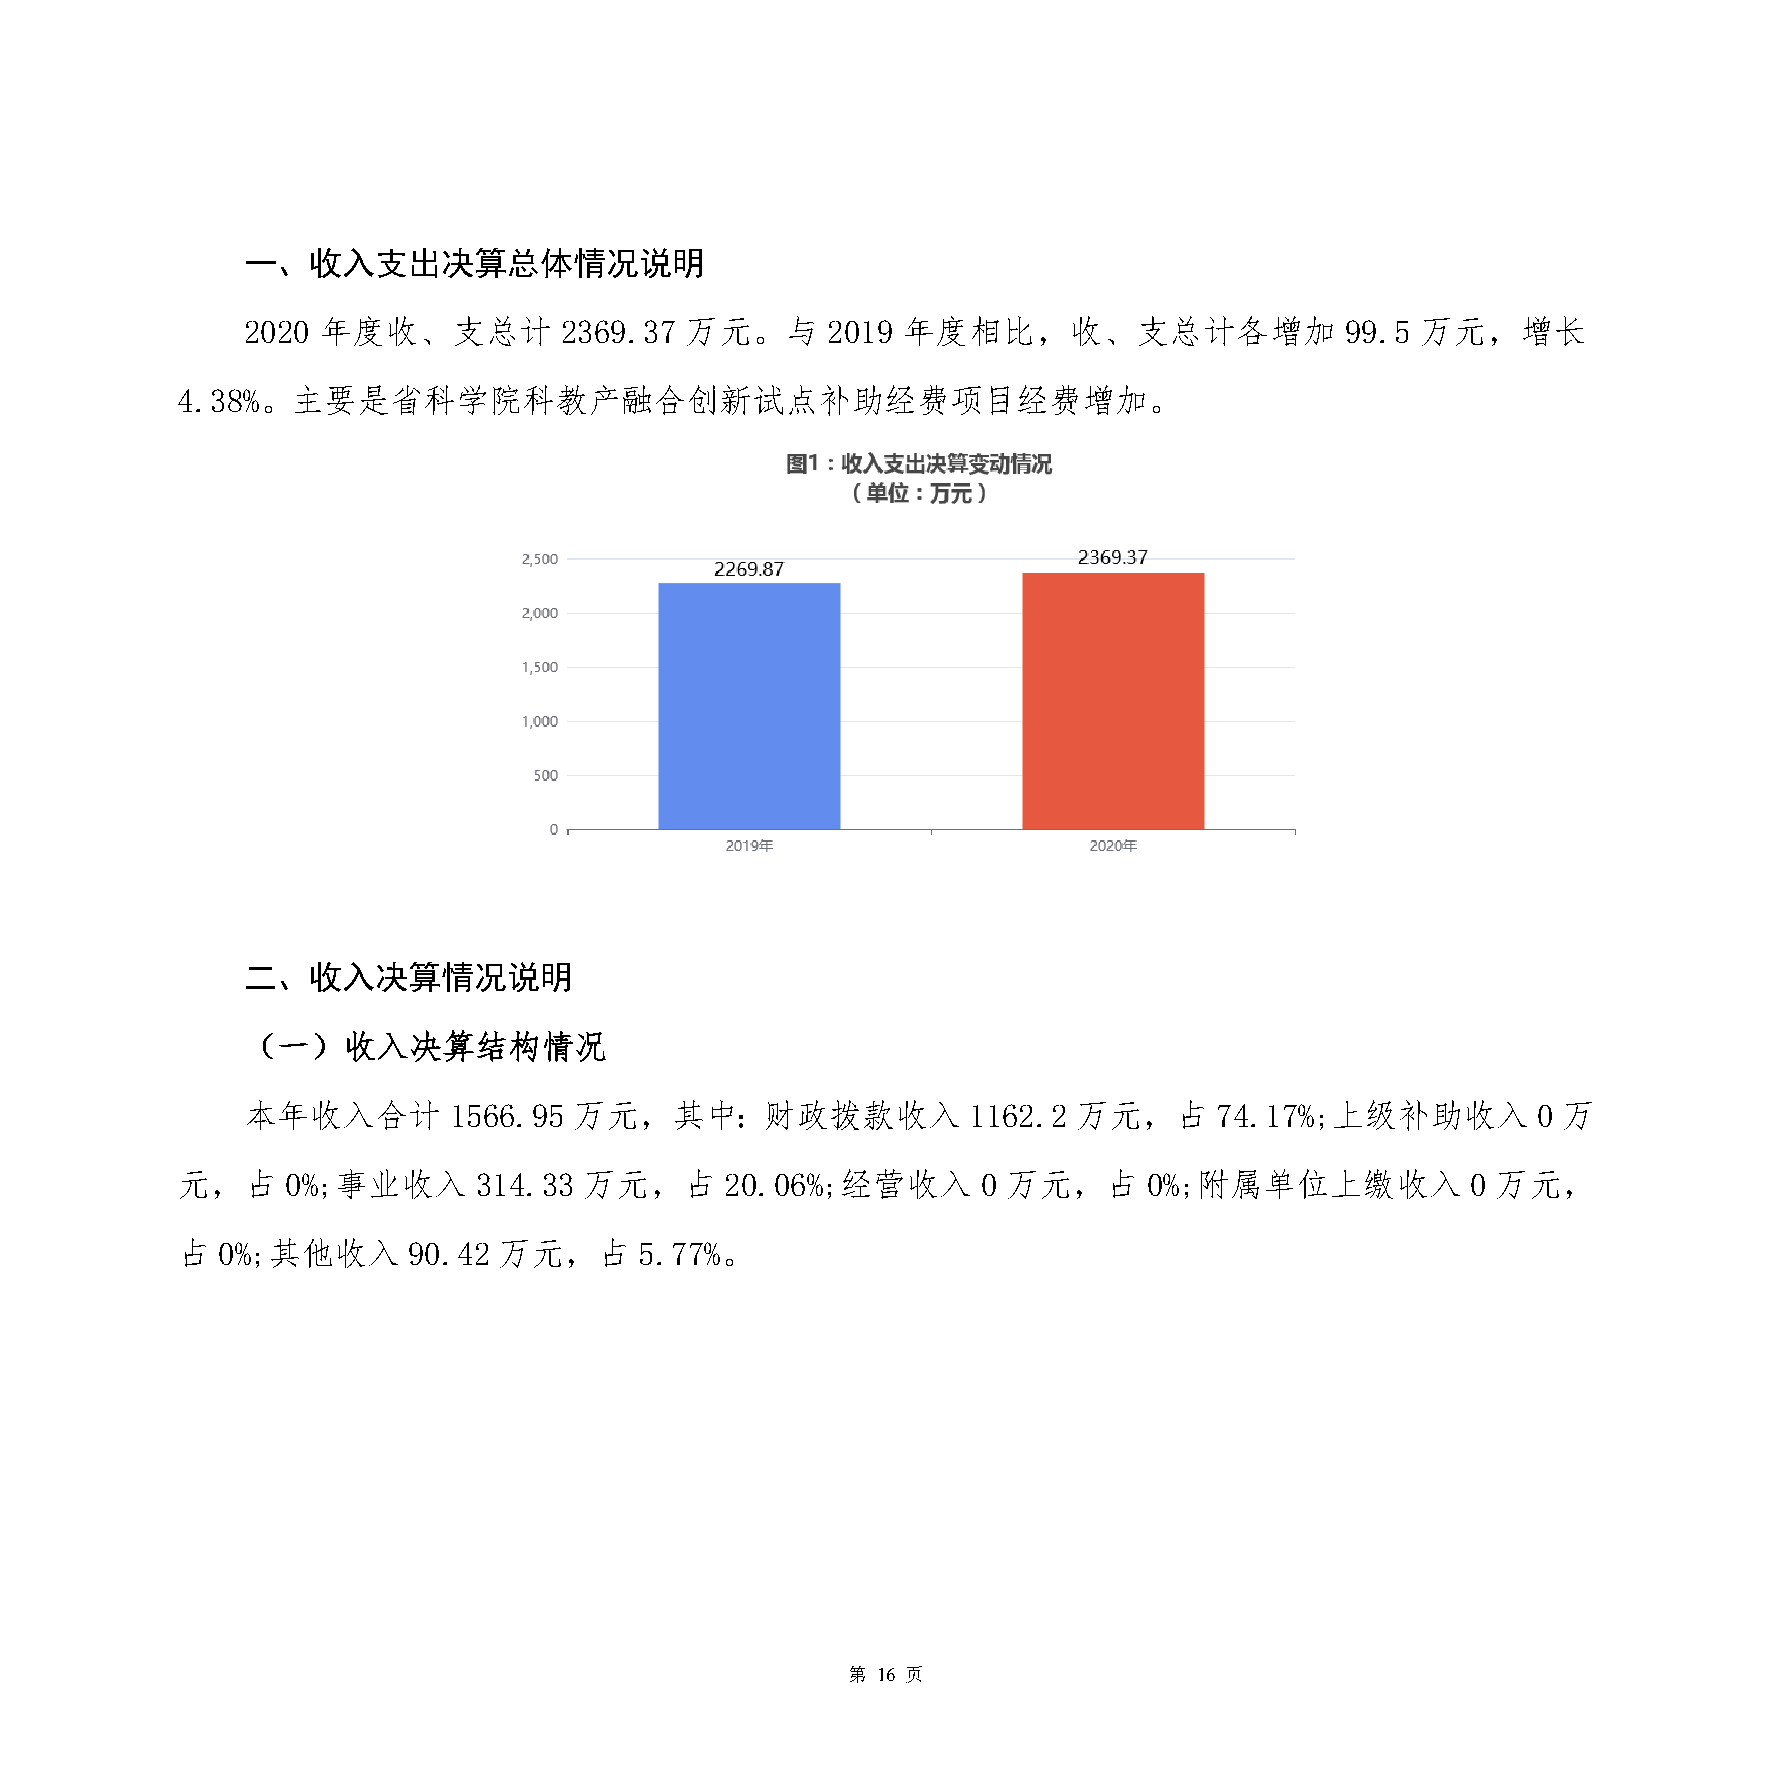
一、收入支出决算总体情况说明
 2020 年度收、支总计         2369.37 万元。与      2019 年度相比，收、支总计各增加                99.5 万元，增长
 4.38%。主要是省科学院科教产融合创新试点补助经费项目经费增加。
 二、收入决算情况说明
 （一）收入决算结构情况
 本年收入合计        1566.95 万元，其中：财政拨款收入              1162.2 万元，占      74.17%;上级补助收入        0 万
 元，占    0%;事业收入     314.33  万元，占     20.06%;经营收入      0 万元，占     0%;附属单位上缴收入          0 万元，
 占 0%;其他收入      90.42 万元，占     5.77%。
 第 16 页